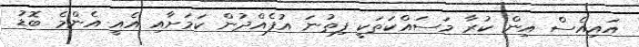
އައިއެސް އިން ކުރާ މަސައްކަތަކީ ފިތުނަ އުފެއްދުން ކަމަށާއި އެއީ އެންމެ ބޮޑު